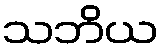
သဘိယ